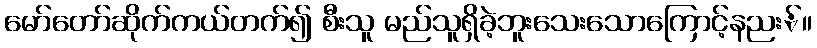
မော်တော်ဆိုက်ကယ်တက်၍ စီးသူ မည်သူရှိခဲ့ဘူးသေးသောကြောင့်နညး်။